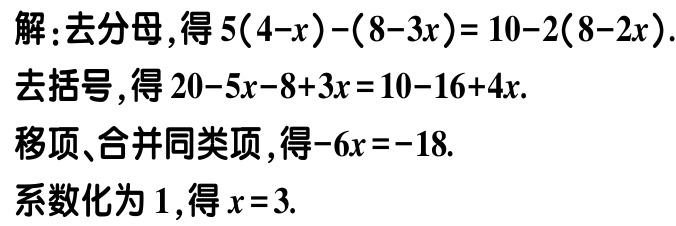
解：去分母，得\(5(4 - x) - (8 - 3x) = 10 - 2(8 - 2x)\).

去括号，得\(20 - 5x - 8 + 3x = 10 - 16 + 4x\).

移项、合并同类项，得\(-6x = -18\).

系数化为\(1\)，得\(x = 3\).